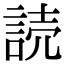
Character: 読